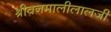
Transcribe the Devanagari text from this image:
श्रीवनमालीलालजी